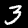
Label: 3